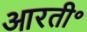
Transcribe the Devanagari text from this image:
आरती॰